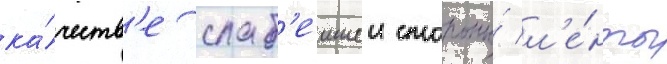
ка́честв'е слаб'еишеи стороны́ л'е́нты